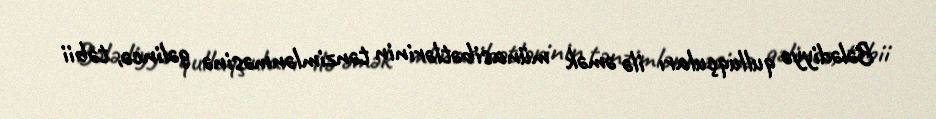
Bələdiyyə qulluqçuları ilə əmək münasibətlərinin tənzimlənməsinə gəlincə, təbii